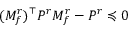
( M _ { f } ^ { r } ) ^ { \top } P ^ { r } M _ { f } ^ { r } - P ^ { r } \preccurlyeq 0